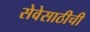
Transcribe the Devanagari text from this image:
सेवेसाठीची